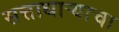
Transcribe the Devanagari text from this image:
सत्ताधार्‍याचा